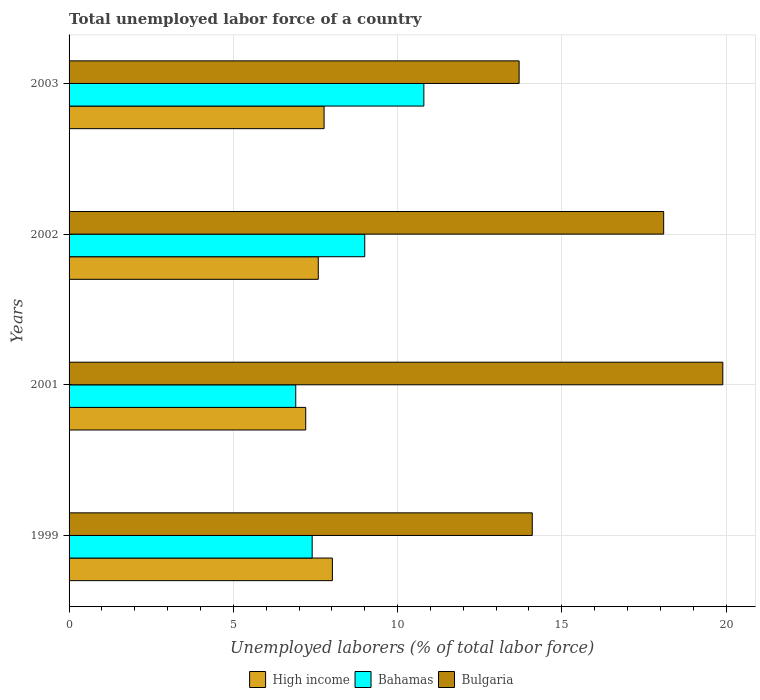
| Years | High income | Bahamas | Bulgaria |
 | --- | --- | --- | --- |
 | 1999 | 8.02 | 7.4 | 14.1 |
 | 2001 | 7.2 | 6.9 | 19.9 |
 | 2002 | 7.59 | 9 | 18.1 |
 | 2003 | 7.76 | 10.8 | 13.7 |